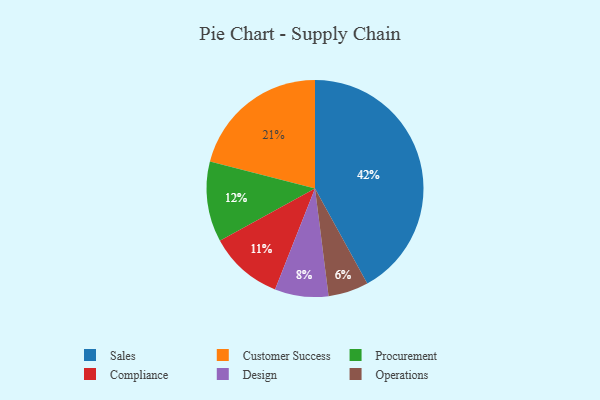
{"axis": {"x": "Category", "y": "Percentage"}, "legend": ["Compliance", "Customer Success", "Design", "Operations", "Procurement", "Sales"], "data": [{"x": "Design", "y": 8, "type": "Design"}, {"x": "Procurement", "y": 12, "type": "Procurement"}, {"x": "Sales", "y": 42, "type": "Sales"}, {"x": "Operations", "y": 6, "type": "Operations"}, {"x": "Customer Success", "y": 21, "type": "Customer Success"}, {"x": "Compliance", "y": 11, "type": "Compliance"}]}